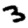
Digit: 3